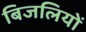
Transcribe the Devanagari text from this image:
बिजलियों